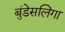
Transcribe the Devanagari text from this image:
बुंडेसलिगा